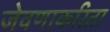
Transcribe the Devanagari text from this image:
जेवणाकरिता